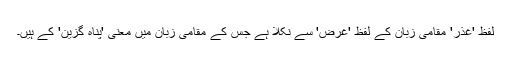
لفظ 'غذر' مقامی زبان کے لفظ 'غرض' سے نکلا ہے جس کے مقامی زبان میں معنیٰ 'پناہ گزین' کے ہیں۔